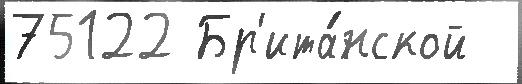
75122 Бр'ита́нской